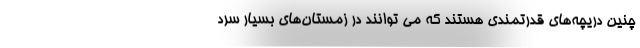
چنین دریچه‌های قدرتمندی هستند که می توانند در زمستان‌های بسیار سرد